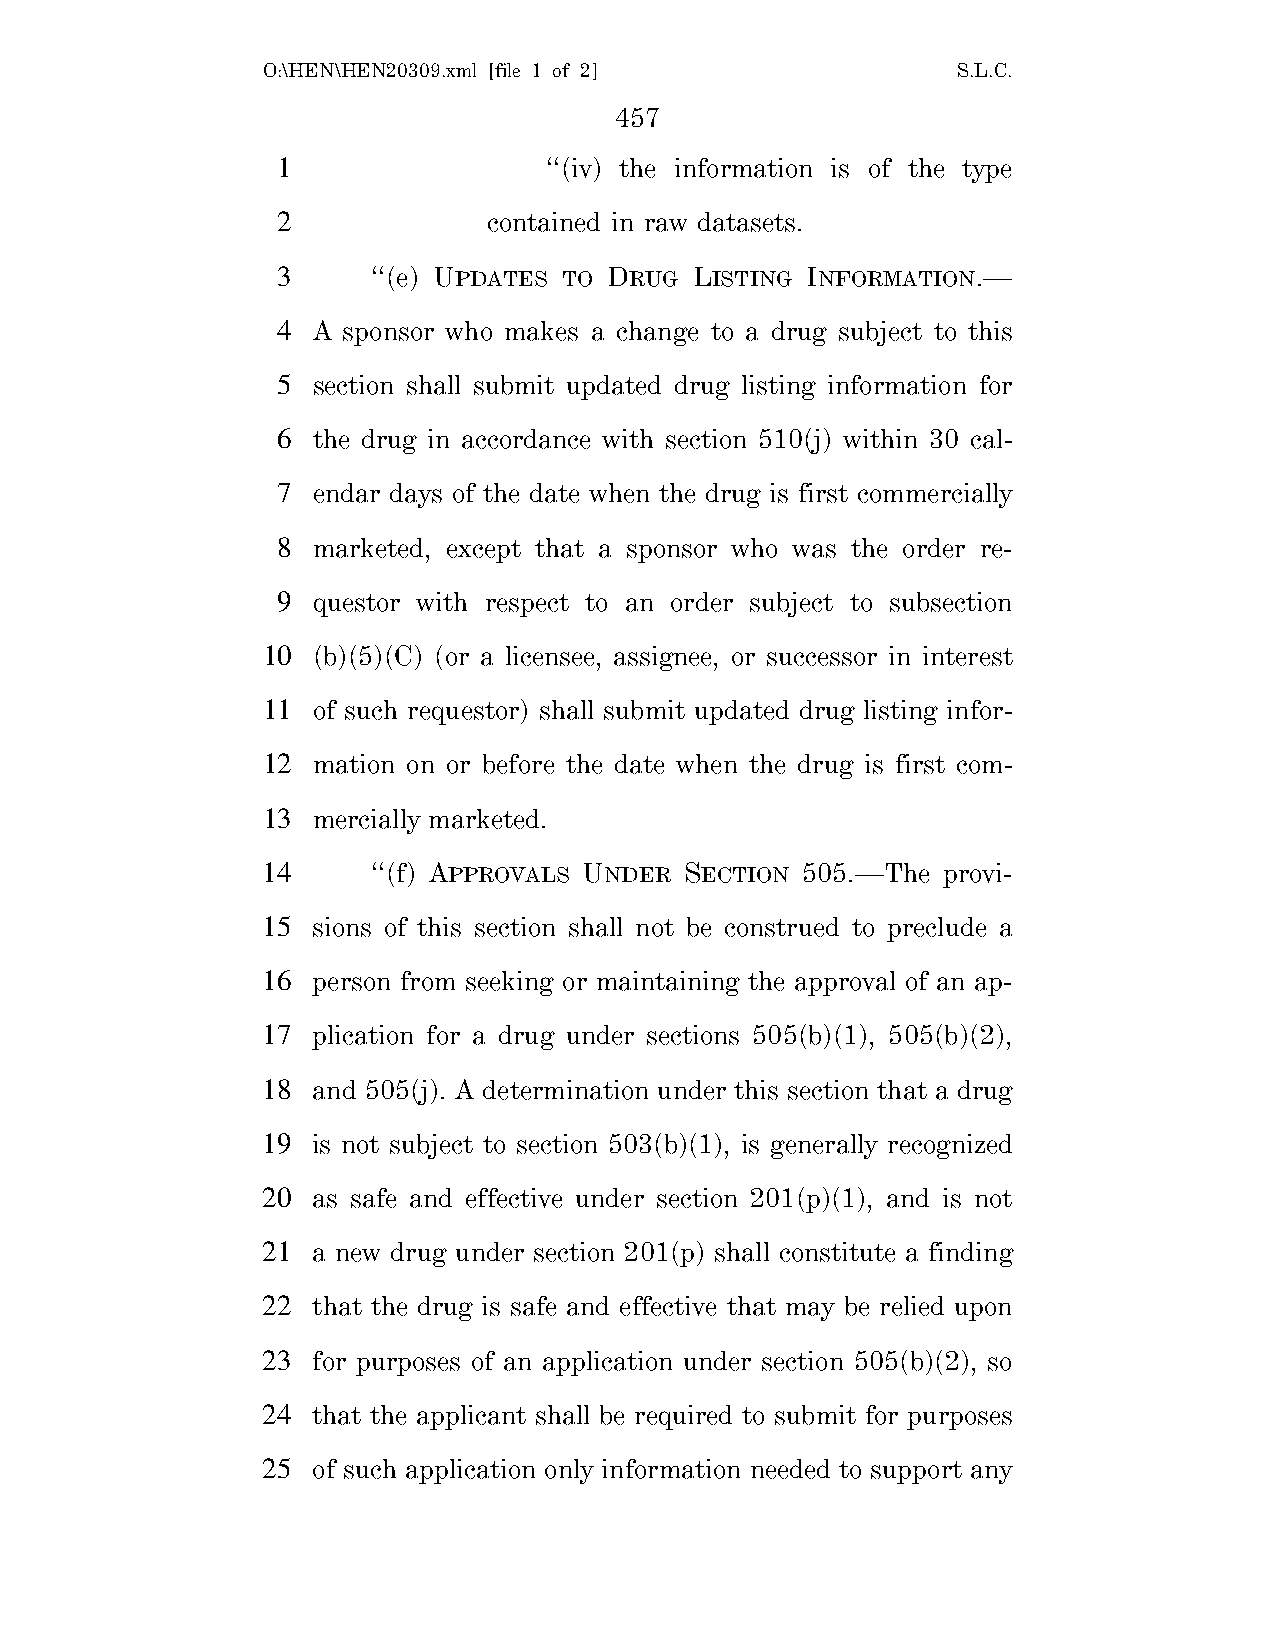
O:\HEN\HEN20309.xml [file 1 of 2]             S.L.C.
 457
 1                 ‘‘(iv) the information is of the type
 2             contained in raw datasets.
 3      ‘‘(e) UPDATES TO DRUG LISTING INFORMATION.—
 4  A sponsor who makes a change to a drug subject to this
 5  section shall submit updated drug listing information for
 6  the drug in accordance with section 510(j) within 30 cal-
 7  endar days of the date when the drug is first commercially
 8  marketed, except that a sponsor who was the order re-
 9  questor with respect to an order subject to subsection
 10  (b)(5)(C) (or a licensee, assignee, or successor in interest
 11  of such requestor) shall submit updated drug listing infor-
 12  mation on or before the date when the drug is first com-
 13  mercially marketed.
 14      ‘‘(f) APPROVALS UNDER SECTION 505.—The provi-
 15  sions of this section shall not be construed to preclude a
 16  person from seeking or maintaining the approval of an ap-
 17  plication for a drug under sections 505(b)(1), 505(b)(2),
 18  and 505(j). A determination under this section that a drug
 19  is not subject to section 503(b)(1), is generally recognized
 20  as safe and effective under section 201(p)(1), and is not
 21  a new drug under section 201(p) shall constitute a finding
 22  that the drug is safe and effective that may be relied upon
 23  for purposes of an application under section 505(b)(2), so
 24  that the applicant shall be required to submit for purposes
 25  of such application only information needed to support any